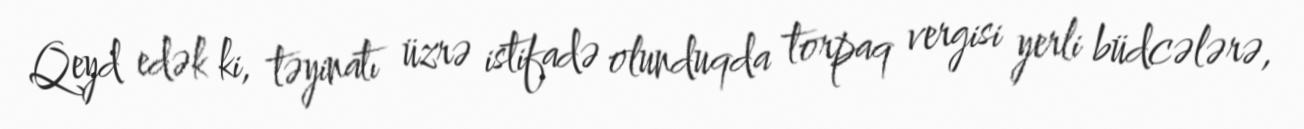
Qeyd edək ki, təyinatı üzrə istifadə olunduqda torpaq vergisi yerli büdcələrə,